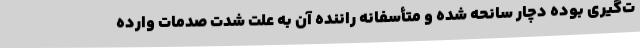
ت‌گیری بوده دچار سانحه شده و متأسفانه راننده آن به علت شدت صدمات وارده